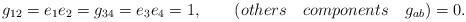
LaTeX: \begin{align*}g_{12}= e_1 e_2 = g_{34}= e_3 e_4 = 1, \qquad (others\quad components \quad g_{ab}) = 0 .\end{align*}